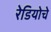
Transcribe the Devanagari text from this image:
रेडियोचे